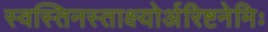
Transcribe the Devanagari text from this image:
स्वस्तिनस्ताक्ष्योर्अरिष्टनेमिः